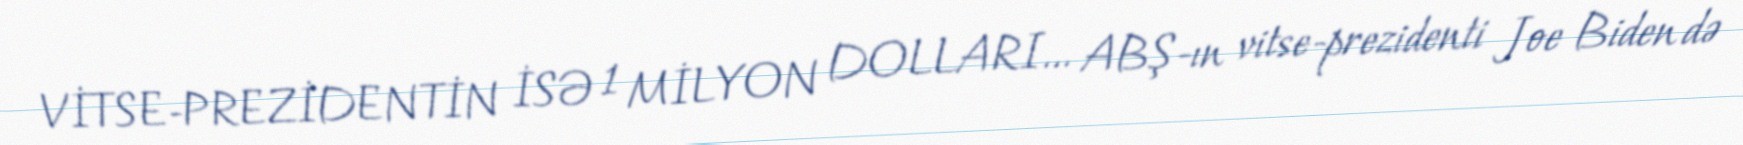
VİTSE-PREZİDENTİN İSƏ 1 MİLYON DOLLARI... ABŞ-ın vitse-prezidenti Joe Biden də